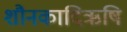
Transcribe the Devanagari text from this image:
शौनकादिऋषि